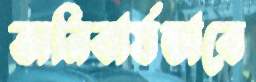
অনিবার্যভাবে